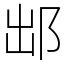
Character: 䢺